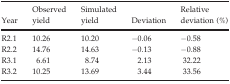
<table><thead><tr><td><b>Year</b></td><td><b>Observed yield</b></td><td><b>Simulated yield</b></td><td><b>Deviation</b></td><td><b>Relative deviation (%)</b></td></tr></thead><tbody><tr><td>R2.1</td><td>10.26</td><td>10.20</td><td>−0.06</td><td>−0.58</td></tr><tr><td>R2.2</td><td>14.76</td><td>14.63</td><td>−0.13</td><td>−0.88</td></tr><tr><td>R3.1</td><td>6.61</td><td>8.74</td><td>2.13</td><td>32.22</td></tr><tr><td>R3.2</td><td>10.25</td><td>13.69</td><td>3.44</td><td>33.56</td></tr></tbody></table>